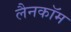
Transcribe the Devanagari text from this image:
लैनकॉम